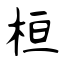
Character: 桓